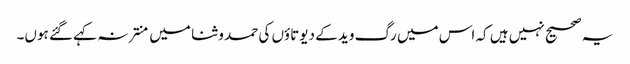
یہ صحیح نہیں ہیں کہ اس میں رگ وید کے دیوتاؤں کی حمد و ثنا میں منتر نہ کہے گئے ہوں۔